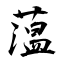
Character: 蕰